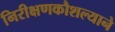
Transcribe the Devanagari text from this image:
निरीक्षणकौशल्याने